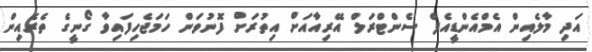
އަދި މާލެއިން އެމްއެންޑީއެފް ސެންޓްރަލް އޭރިއާއަށް އިތުރަށް ފޮނުވަން ހަމަޖެހިފައިވާ ގޯނީގެ ތެރެއިން